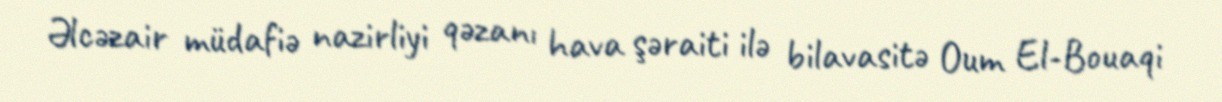
Əlcəzair müdafiə nazirliyi qəzanı hava şəraiti ilə bilavasitə Oum El-Bouaqi